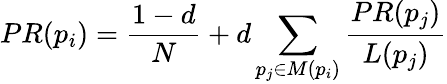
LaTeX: PR(p_{i})={\frac{1-d}{N}}+d\sum_{p_{j}\in M(p_{i})}{\frac{PR(p_{j})}{L(p_{j})}}